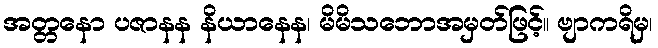
အတ္တနော ပဇာနန နိယာနေန၊ မိမိသဘောအမှတ်ဖြင့်။ ဗျာကရိမှ၊